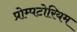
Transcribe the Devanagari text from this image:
प्रोम्पटोरियम